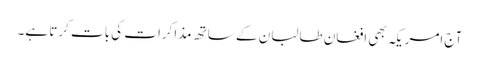
آج امریکہ بھی افغان طالبان کے ساتھ مذاکرات کی بات کرتا ہے۔